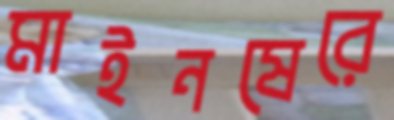
মাইনষেরে